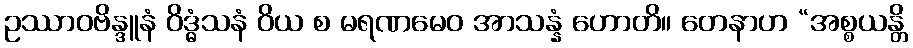
ဥဿာဝဗိန္ဒူနံ ဝိဒ္ဓံသနံ ဝိယ စ မရဏမေဝ အာသန္နံ ဟောတိ။ တေနာဟ “အစ္စယန္တိ